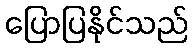
ပြောပြနိုင်သည်